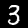
Digit: 3